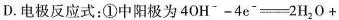
D.电极反应式：①中阳极为$$4OH^{-}-4e^{-}\xlongequal [ ] {}2H_{2}O+$$